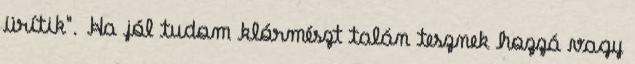
ürítik". Ha jól tudom klórmészt talán tesznek hozzá vagy